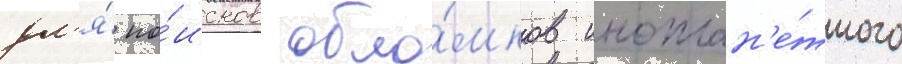
дл'я́ по́исков обло́мков иноплан'е́тного